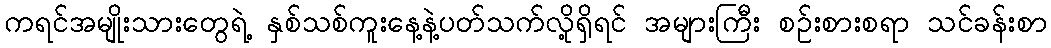
ကရင်အမျိုးသားတွေရဲ့ နှစ်သစ်ကူးနေ့နဲ့ပတ်သက်လို့ရှိရင် အများကြီး စဉ်းစားစရာ သင်ခန်းစာ